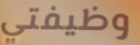
وظيفتي